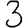
Digit: 3